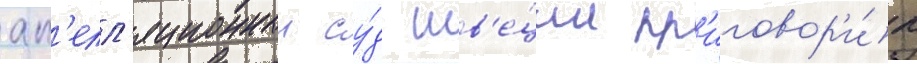
ап'елл'яционныи су́д шв'е́ции пр'иговор'и́л